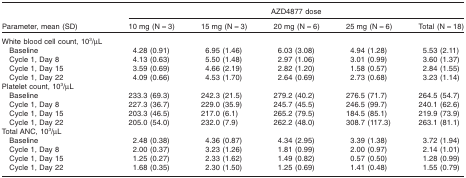
<table><thead><tr><td></td><td colspan="5"><b>AZD4877 dose</b></td></tr><tr><td><b>Parameter, mean (SD)</b></td><td><b>10 mg (N = 3)</b></td><td><b>15 mg (N = 3)</b></td><td><b>20 mg (N = 6)</b></td><td><b>25 mg (N = 6)</b></td><td><b>Total (N = 18)</b></td></tr></thead><tbody><tr><td>White blood cell count, 10<sup>3</sup>/μL</td><td></td><td></td><td></td><td></td><td></td></tr><tr><td> Baseline</td><td>4.28 (0.91)</td><td>6.95 (1.46)</td><td>6.03 (3.08)</td><td>4.94 (1.28)</td><td>5.53 (2.11)</td></tr><tr><td> Cycle 1, Day 8</td><td>4.13 (0.63)</td><td>5.50 (1.48)</td><td>2.97 (1.06)</td><td>3.01 (0.99)</td><td>3.60 (1.37)</td></tr><tr><td> Cycle 1, Day 15</td><td>3.59 (0.69)</td><td>4.66 (2.19)</td><td>2.82 (1.20)</td><td>1.58 (0.57)</td><td>2.84 (1.55)</td></tr><tr><td> Cycle 1, Day 22</td><td>4.09 (0.66)</td><td>4.53 (1.70)</td><td>2.64 (0.69)</td><td>2.73 (0.68)</td><td>3.23 (1.14)</td></tr><tr><td>Platelet count, 10<sup>3</sup>/μL</td><td></td><td></td><td></td><td></td><td></td></tr><tr><td> Baseline</td><td>233.3 (69.3)</td><td>242.3 (21.5)</td><td>279.2 (40.2)</td><td>276.5 (71.7)</td><td>264.5 (54.7)</td></tr><tr><td> Cycle 1, Day 8</td><td>227.3 (36.7)</td><td>229.0 (35.9)</td><td>245.7 (45.5)</td><td>246.5 (99.7)</td><td>240.1 (62.6)</td></tr><tr><td> Cycle 1, Day 15</td><td>203.3 (46.5)</td><td>217.0 (6.1)</td><td>265.2 (79.5)</td><td>184.5 (85.1)</td><td>219.9 (73.9)</td></tr><tr><td> Cycle 1, Day 22</td><td>205.0 (54.0)</td><td>232.0 (7.9)</td><td>262.2 (48.0)</td><td>308.7 (117.3)</td><td>263.1 (81.1)</td></tr><tr><td>Total ANC, 10<sup>3</sup>/μL</td><td></td><td></td><td></td><td></td><td></td></tr><tr><td> Baseline</td><td>2.48 (0.38)</td><td>4.36 (0.87)</td><td>4.34 (2.95)</td><td>3.39 (1.38)</td><td>3.72 (1.94)</td></tr><tr><td> Cycle 1, Day 8</td><td>2.00 (0.37)</td><td>3.23 (1.26)</td><td>1.81 (0.99)</td><td>2.00 (0.97)</td><td>2.14 (1.01)</td></tr><tr><td> Cycle 1, Day 15</td><td>1.25 (0.27)</td><td>2.33 (1.62)</td><td>1.49 (0.82)</td><td>0.57 (0.50)</td><td>1.28 (0.99)</td></tr><tr><td> Cycle 1, Day 22</td><td>1.68 (0.35)</td><td>2.30 (1.50)</td><td>1.25 (0.69)</td><td>1.41 (0.48)</td><td>1.55 (0.79)</td></tr></tbody></table>